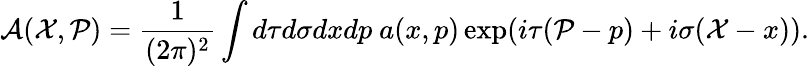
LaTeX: {\cal A}({\cal X},{\cal P})=\frac{1}{(2\pi)^{2}}\int d\tau d\sigma dxdp~a(x,p)\exp(i\tau({\cal P}-p)+i\sigma({\cal X}-x)).